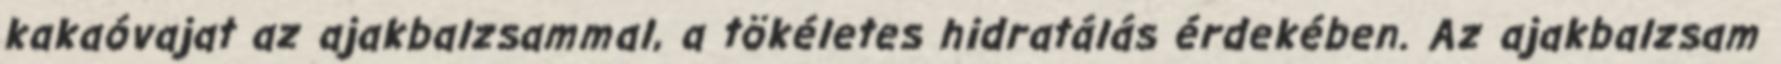
kakaóvajat az ajakbalzsammal, a tökéletes hidratálás érdekében. Az ajakbalzsam